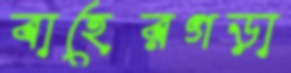
বাহেরগড়া